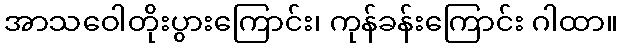
အာသဝေါတိုးပွားကြောင်း၊ ကုန်ခန်းကြောင်း ဂါထာ။